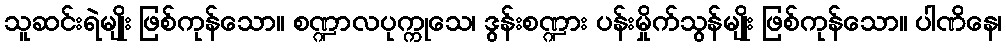
သူဆင်းရဲမျိုး ဖြစ်ကုန်သော။ စဏ္ဍာလပုက္ကုသေ၊ ဒွန်းစဏ္ဍား ပန်းမှိုက်သွန်မျိုး ဖြစ်ကုန်သော။ ပါဏိနေ၊